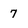
Character: 7